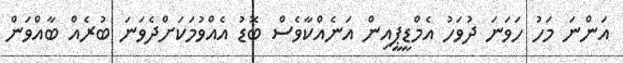
އަންނަ މަހު ހަވަނަ ދުވަހު އެމްޑީޕީއިން އަނެއްކާވެސް ބޮޑު އެއްވުމަކަށްދެވަނަ ބުރެއް ބާއްވަން